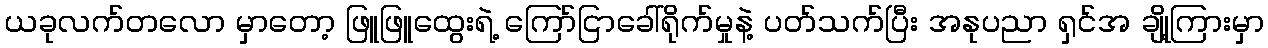
ယခုလက်တလော မှာတော့ ဖြူဖြူထွေးရဲ့ ကြော်ငြာခေါ်ရိုက်မှုနဲ့ ပတ်သက်ပြီး အနုပညာ ရှင်အ ချို့ကြားမှာ